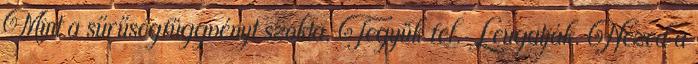
Mint a sűrűségfüggvényt szokta. Tegyük fel. Leugatják. Nézed a